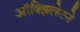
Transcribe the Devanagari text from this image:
ऑक्झिलेटने